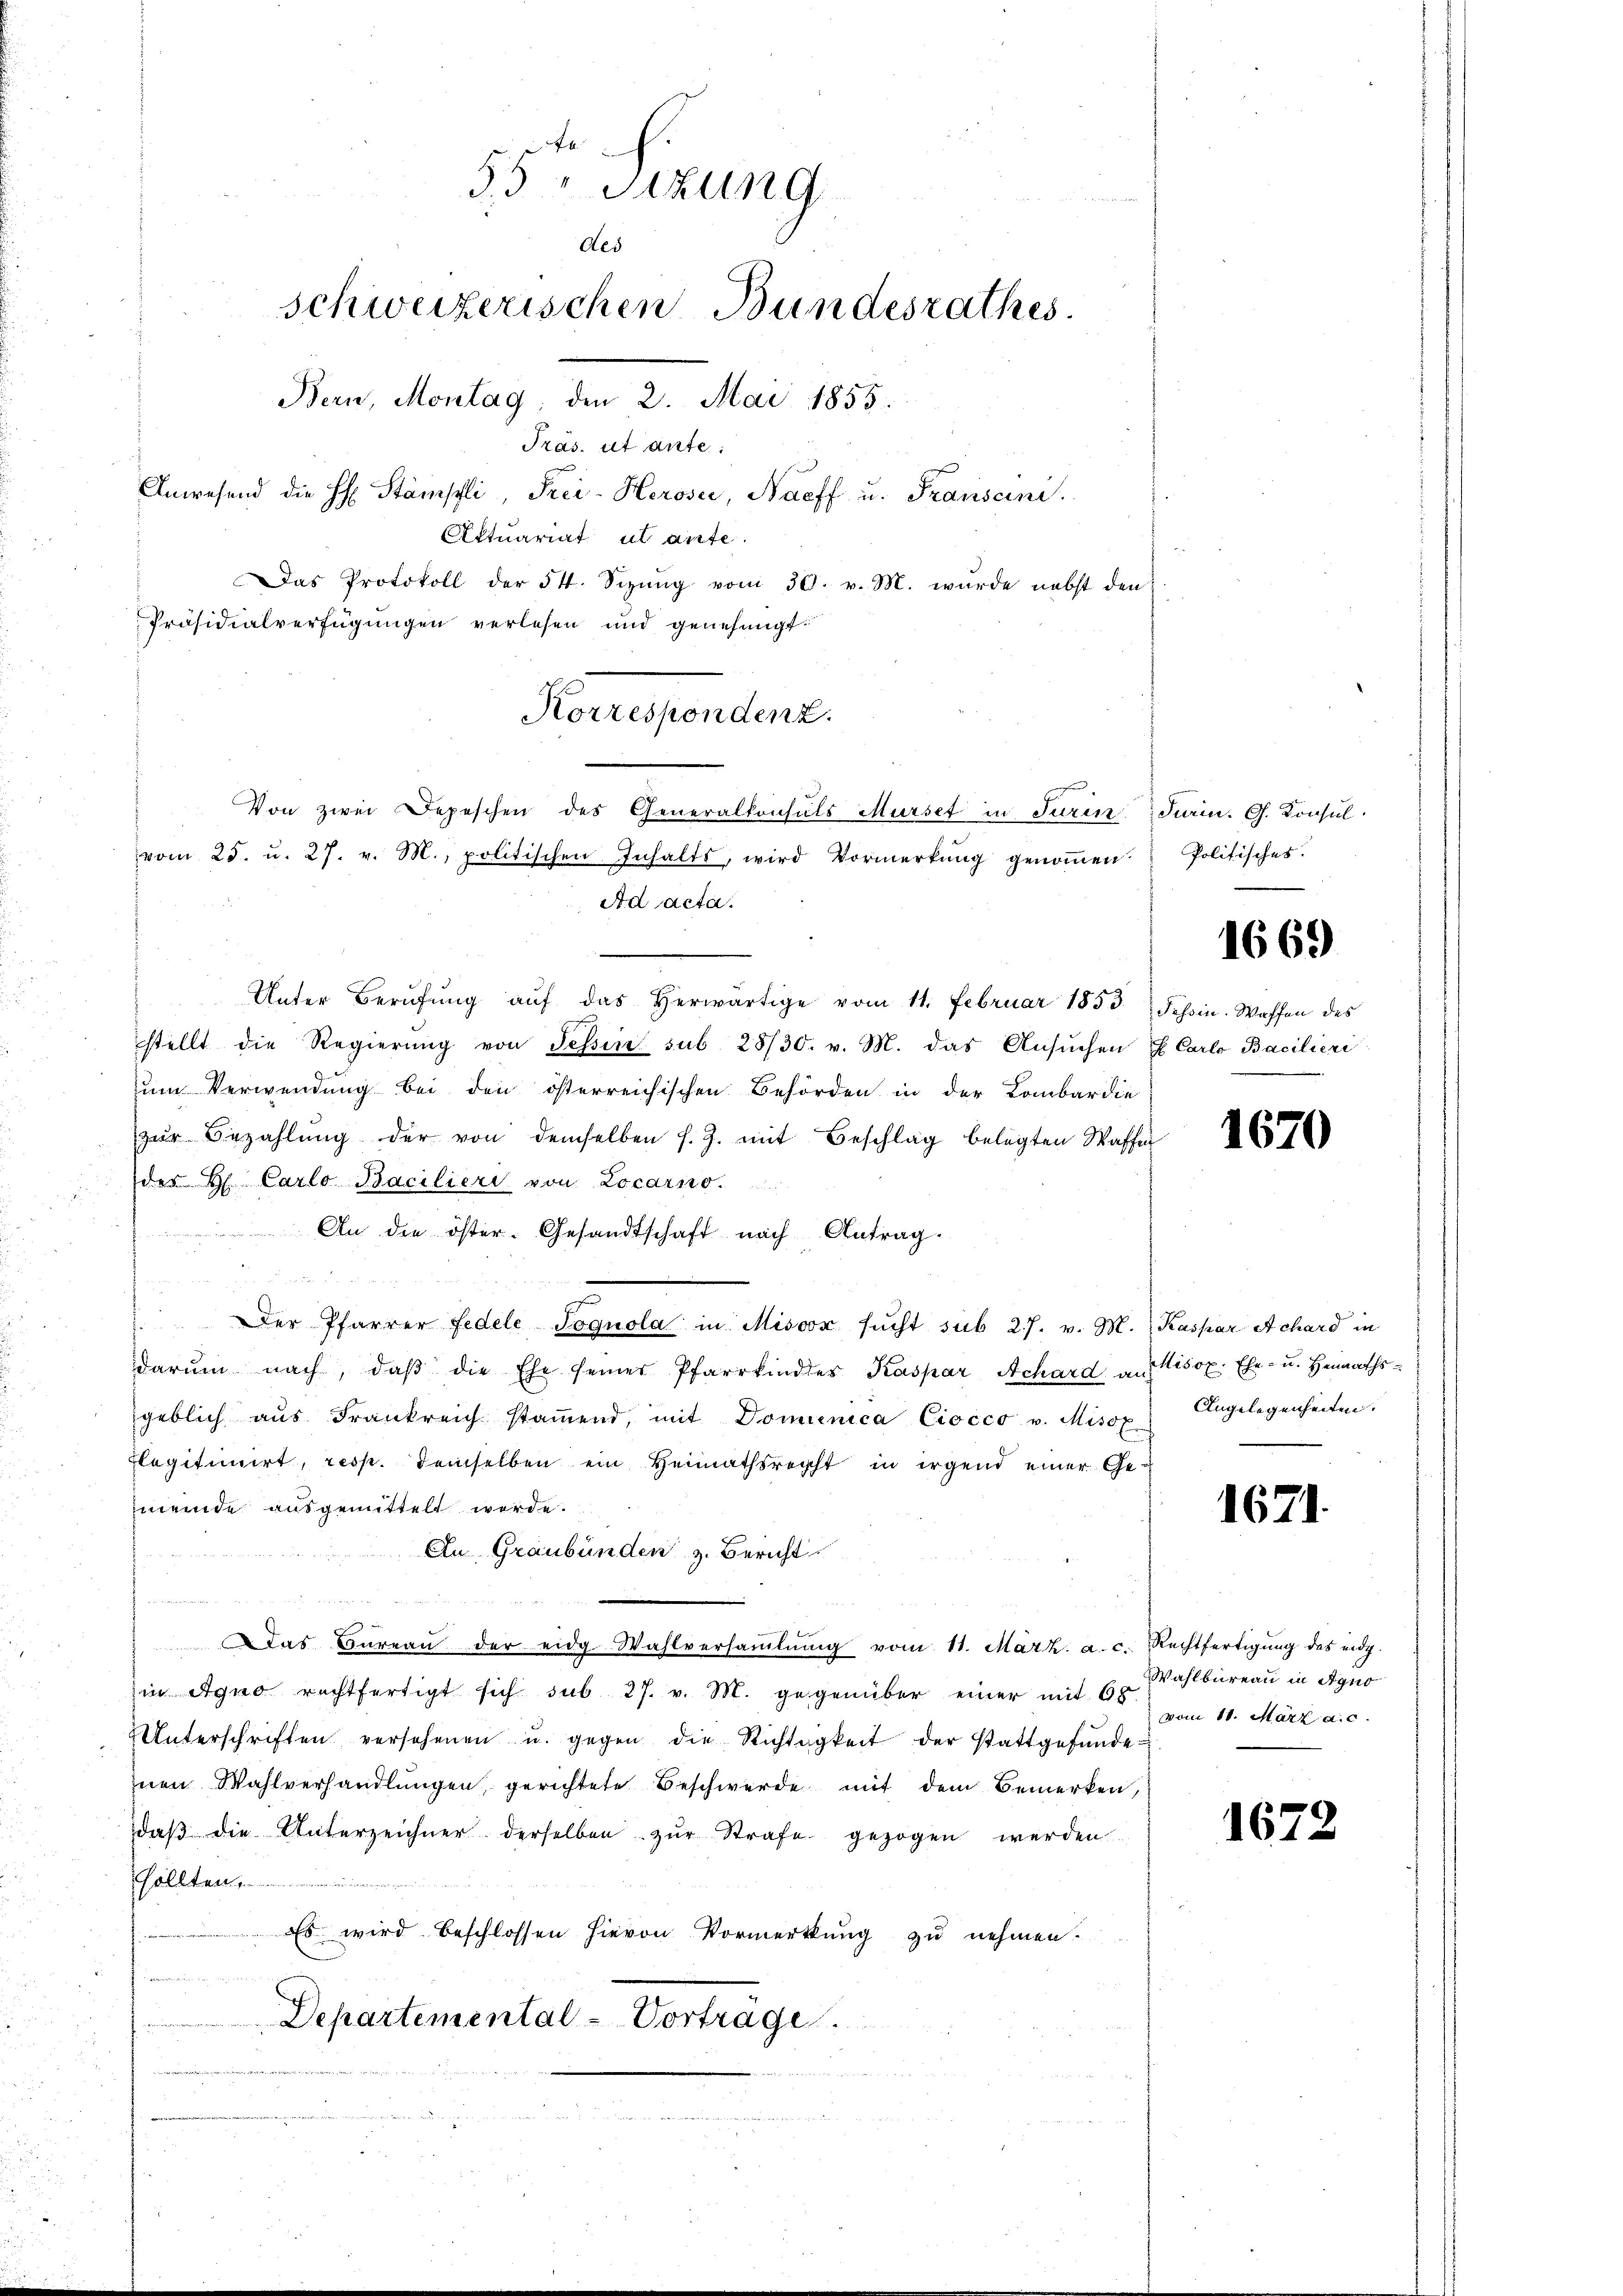
Das Protokoll der 54. Sizŭng vom 30. v. M. wurde nebst der
Präsidialverfügungen verlesen und genehmigt.
Unter Berufung aŭf das herwärtige vom 11. Februar 1853.
stellt die Regierŭng von Tessin sub 28/30. v. M. das Ansŭchen
zum Verwendung bei den österreichischen Behörden in der Lombardie
zŭr Bezahlŭng der von demselben s. Z. mit Beschlag belegten Waf
des H. Carlo Bacilieri von Locarno.
An die öster. Gesandtschaft nach Antrag.

 Der Pfarrer Fedele Sognola in Misox sŭcht sub 27. v. M.
darŭm nach, daβ die Ehe seiner Pfarrkindtes Kaspar Achard an Misox. Ehe- u. Heimathsgeblich aus Frankreich stamend, mit Dominica Ciocco v. Misox
Elegitimirt, resp. demselben ein Heimathsrecht in irgend einer Gemeinde ausgemittelt werde.
An Graubünden z. Bericht
e
Das Büreaŭ der eidg Wahlversaṁlŭng vom 11. März. a. c. Rechtfertigŭng des eidg.
in Igno rechtfertigt sich sub 27. v. M. gegenüber einer mit 60
Unterschriften versehenen u. gegen die Richtigkeit der stattgefŭnde:
inen Wahlverhandlungen, gerichtete Beschwerde mit dem Bemerken,
daβ die Unterzeichner derselben zŭr Strafe gezogen werden.
sollten.
Es wird beschlossen hievon Vormerkung zu nehmen.

Departemental-Vorträge.
dleiner sehr |

55 Stzung
des
schweizerischen Bundesrathes.
Bern, Montag, den 2. Mai 1855.
Präs. et ante.
Anwesend die H. Stämpfli, Frei-Heroser, Nacff u. Fransani.
Aktuariat ut ante.

Korrespendenz.
Von zwei Depeschen des Generalkonsuls Murse in Turin
vom 25. u. 27. v. M., politischen Inhalts, wird Vormerkŭng genoṁen. Politisches.
Ad acta.

Turin. G. Konsul

1669

Tessin. Waffen des
h Carlo Bacilieri

1670

Kaspar Achard in
Angelegenheiten.

1671.

Wahlbureau in Agno
vom 11. März a. c.

1672